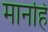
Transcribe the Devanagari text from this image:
मानहि